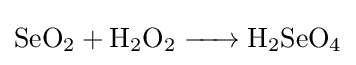
{\ce {SeO2 + H2O2 -> H2SeO4}}